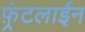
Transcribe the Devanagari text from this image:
फ़्रंटलाईन